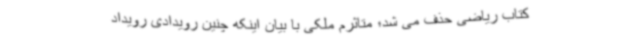
کتاب ریاضی حذف می شد؛ متاثرم ملکی با بیان اینکه چنین رویدادی رویداد